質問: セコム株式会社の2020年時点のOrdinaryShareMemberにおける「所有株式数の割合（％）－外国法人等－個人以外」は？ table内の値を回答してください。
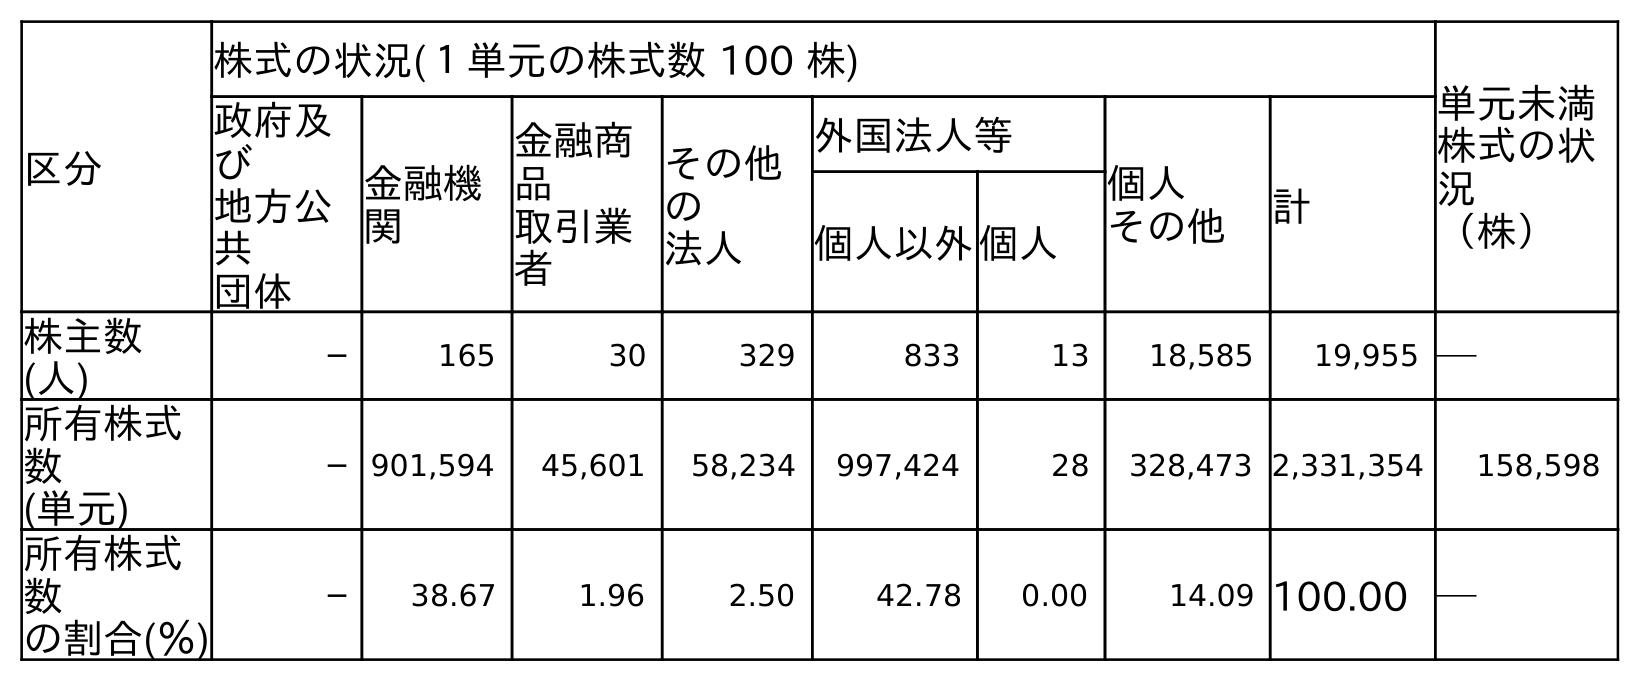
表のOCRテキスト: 区分 株式の状況(１単元の株式数 100 株) 単元未満 株式の状 況 （株） 政府及 び 地方公 共 団体 金融機 関 金融商 品 取引業 者 その他 の 法人 外国法人等 個人 その他 計 個人以外個人 株主数 (人) ─ 165 30 329 833 13 18,585 19,955 ─ 所有株式 数 (単元) ─ 901,594 45,601 58,234 997,424 28 328,473 2,331,354 158,598 所有株式 数 の割合(％) ─ 38.67 1.96 2.50 42.78 0.00 14.09 100.00 ─
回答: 42.78